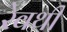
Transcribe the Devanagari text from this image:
रेवथी